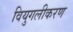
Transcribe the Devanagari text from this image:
वियुगलीकरण